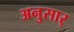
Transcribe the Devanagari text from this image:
अनुसार्